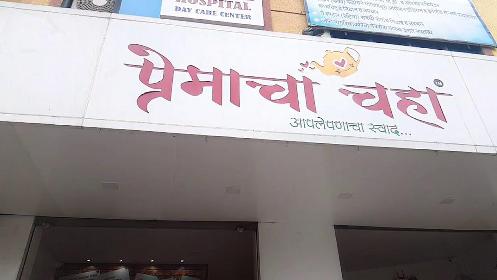
Language: marathi
Transcription: आपलेपणाचा प्रेमाचा चहा स्वाद...